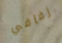
زفافي